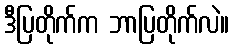
ဒီပြတိုက်က ဘာပြတိုက်လဲ။